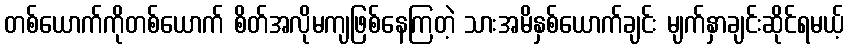
တစ်ယောက်ကိုတစ်ယောက် စိတ်အလိုမကျဖြစ်နေကြတဲ့ သားအမိနှစ်ယောက်ချင်း မျက်နှာချင်းဆိုင်ရမယ့်